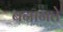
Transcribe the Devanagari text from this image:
बनानते